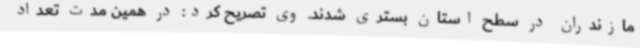
مازندران در سطح استان بستری شدند. وی تصریح کرد: در همین مدت تعداد